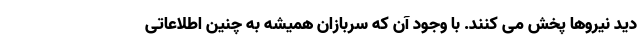
دید نیروها پخش می کنند. با وجود آن که سربازان همیشه به چنین اطلاعاتی